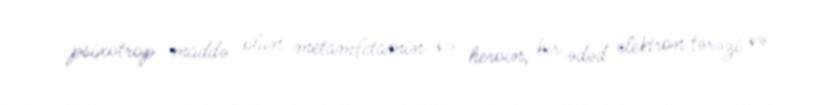
psixotrop maddə olan metamfetamin və heroin, bir ədəd elektron tərəzi və